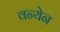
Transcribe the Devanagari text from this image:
वन्येन